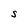
Character: S